Elephants and their diseases
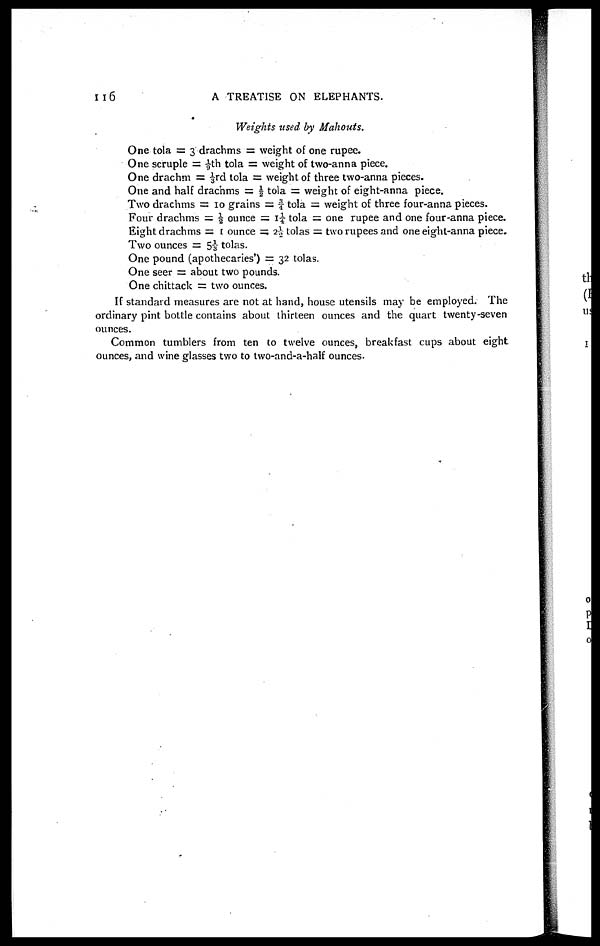
1l6
A TREATISE ON ELEPHANTS.
Weights used by Mahouts.
One tola = 3 drachms = weight of one rupee.
One scruple = 1/9th tola = weight of two-anna piece.
One drachm = ⅓rd tola = weight of three two-anna pieces.
One and half drachms = ½ tola = weight of eight-anna piece.
Two drachms = 10 grains = ¾ tola = weight of three four-anna pieces.
Four drachms = ½ ounce = 1¼ tola = one rupee and one four-anna piece.
Eight drachms = 1 ounce = 2½ tolas = two rupees and one eight-anna piece.
Two ounces = 5⅓ tolas.
One pound (apothecaries') = 32 tolas.
One seer = about two pounds.
One chittack = two ounces.
If standard measures are not at hand, house utensils may be employed. The
ordinary pint bottle contains about thirteen ounces and the quart twenty-seven
ounces.
Common tumblers from ten to twelve ounces, breakfast cups about eight
ounces, and wine glasses two to two-and-a-half ounces.